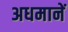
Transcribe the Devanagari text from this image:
अधमानें